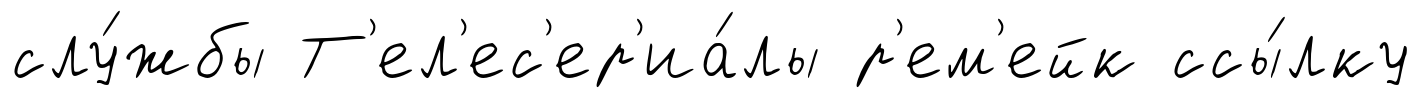
слу́жбы Т'ел'ес'ер'иа́лы р'ем'ейк ссы́лку